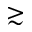
\gtrsim